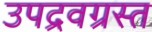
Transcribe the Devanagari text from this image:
उपद्रवग्रस्त